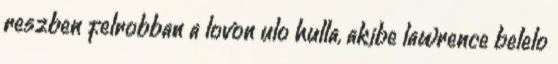
reszben felrobban a lovon ulo hulla, akibe lawrence belelo